Annual administration report of the Civil Veterinary Department of India - 1896-1897
Year: 1896
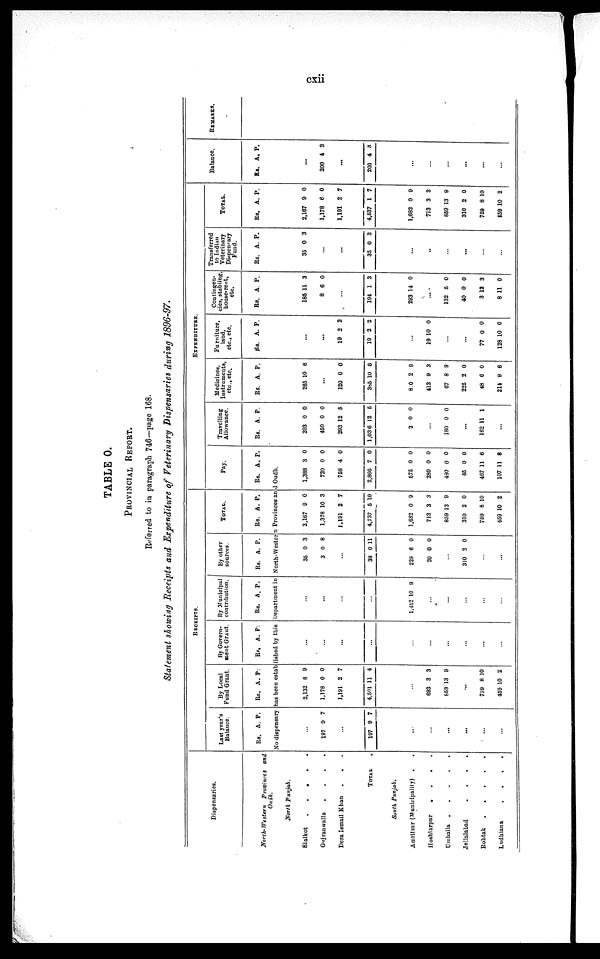
cxii
TABLE O.
PROVINCIAL REPORT.
Referred to in paragraph 746—page 168.
Statement showing Receipts and Expenditure of Veterinary Dispensaries during 1896-97.
Dispensaries.
North-Western
Provinces
and
Oudh.
North
Punjab.
Sialkot
.
.
.
.
.
Gujranwalla
.
.
.
.
Dora Ismail Khan . . .
TOTAL .
South Punjab.
Amritsar (Municipality) . .
Hoshiarpur
.
.
.
.
Umballa
.
.
.
.
.
Jellalabad
.
.
.
.
Rohtak
.
.
.
.
.
Ludhiana
.
.
.
.
RRCEIPTS.
Last year's
Balance.
Rs. A. P.
By Local
Fund Grant.
Rs. A. P .
By Govern-
ment Grant.
Rs. A. P.
By Municipal
contribution.
Rs. A. P.
By others
sources.
Rs. A. P.
TOTAL.
Rs. A. P.
EXPENDITURE.
Pay.
Rs. A. P.
Travelling
Allowance.
Rs. A. P.
Medicine
Instruments,
etc., etc.
Rs. A. P.
Furniture,
land,
etc., etc.
Rs. A. P.
Contingen-
cies, stabling,
house-rent,
etc.
Rs. A. P.
Transferred
to Indian
Veterinary
Dispensary
Fund.
Rs. A. P.
TOTAL.
Rs. A. P.
Balance.
Rs. A. P.
No dispensary has been establisbed by this Department in North-Western Provinces and Oudh.
...
197 9 7
...
197 9 7
...
...
...
...
...
...
2,132
1,178
1,191
4,501
8
0
2
11
9
0
7
4
...
693
859
3
13
3
9
...
759
459
8
10
10
2
...
...
...
...
...
...
...
...
...
...
...
...
...
...
1,452 10 9
...
...
...
...
...
35
3
0
0
3
...
3
229
20
8 0
6
0
11
0
0
...
310 2 0
...
...
2,167
1,378
1,191
4,737
1,682
713
859
310
759
459
9
10
2
5
0
3
13
2
8
10
0
3
7
10
9
3
9
0
10
2
1,388
720
758
2,866
575
280
430
45
467
107
3
0
4
7
0
0
0
0
11
11
0
0
0
0
0
0
0
0
6
8
293
450
293
1,036
3
0
0
12
12
0
0
0
5
5
0
...
180 0 0
...
162 11 1
...
265 10 6
...
120
385
8.0
413
67
225
48
214
0
10
2
9
8
2
6
9
0
6
9
3
9
0
0
6
...
...
19
19
2
2
2
2
...
19 10 0
...
...
77
128
0
10
0
0
185
8
11
6
3
0
...
194
293
1
14
3
0
...
132
40
3
8
5
0
12
11
0
0
3
0
35 0 3
...
...
3 5 0 3
...
...
...
...
...
...
2,167
1,178
1,191
4,537
1,682
713
859
310
759
459
9
6
2
1
0
3
13
2
8
10
0
0
7
7
9
3
9
0
10
2
...
200 4 3
...
200 4 8
...
...
...
...
...
...
REMARKS.